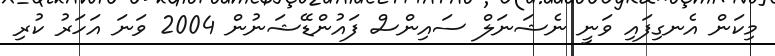
މިކަން އެނގިފައި ވަނީ ނެޝަނަލް ސައިންސް ފައުންޑޭޝަނުން 2004 ވަނަ އަހަރު ކުރި